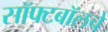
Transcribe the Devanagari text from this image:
सॉफ्टबॉलचे